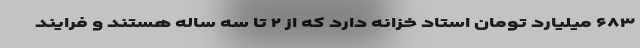
۶۸۳ میلیارد تومان استاد خزانه دارد که از ۲ تا سه ساله هستند و فرایند